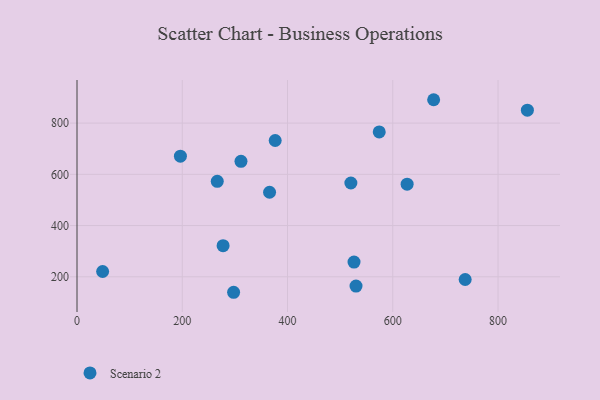
{"axis": {"x": "Study Hours", "y": "Demand"}, "legend": ["Scenario 2"], "data": [{"x": "627.3", "y": 561.5, "type": "Scenario 2"}, {"x": "526.4", "y": 257.5, "type": "Scenario 2"}, {"x": "196.5", "y": 670.8, "type": "Scenario 2"}, {"x": "574.3", "y": 765.7, "type": "Scenario 2"}, {"x": "530.2", "y": 163.8, "type": "Scenario 2"}, {"x": "311.6", "y": 650.7, "type": "Scenario 2"}, {"x": "266.5", "y": 572.6, "type": "Scenario 2"}, {"x": "737.6", "y": 189.5, "type": "Scenario 2"}, {"x": "677.7", "y": 891.2, "type": "Scenario 2"}, {"x": "297.6", "y": 139.6, "type": "Scenario 2"}, {"x": "365.9", "y": 530.0, "type": "Scenario 2"}, {"x": "520.4", "y": 566.1, "type": "Scenario 2"}, {"x": "48.7", "y": 220.7, "type": "Scenario 2"}, {"x": "855.8", "y": 850.5, "type": "Scenario 2"}, {"x": "376.6", "y": 732.1, "type": "Scenario 2"}, {"x": "277.6", "y": 321.4, "type": "Scenario 2"}]}